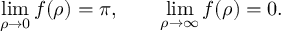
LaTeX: \operatorname * { l i m } _ { \rho \rightarrow 0 } f ( \rho ) = \pi , \qquad \operatorname * { l i m } _ { \rho \rightarrow \infty } f ( \rho ) = 0 .